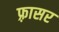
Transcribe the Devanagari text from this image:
फ़्रासर